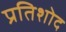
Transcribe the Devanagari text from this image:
प्रतिशोद